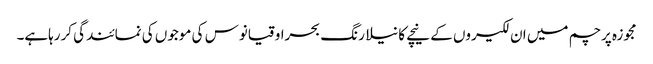
مجوزہ پرچم میں ان لکیروں کے نیچے کا نیلا رنگ بحراوقیانوس کی موجوں کی نمائندگی کررہاہے۔